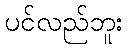
ပင်လည်ဘူး